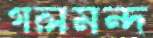
গলমন্দ